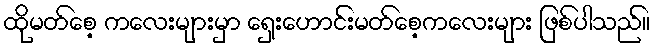
ထိုမတ်စေ့ ကလေးများမှာ ရှေးဟောင်းမတ်စေ့ကလေးများ ဖြစ်ပါသည်။